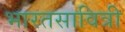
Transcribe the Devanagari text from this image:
भारतसावित्री